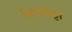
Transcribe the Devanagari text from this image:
पिगाफेट्टा